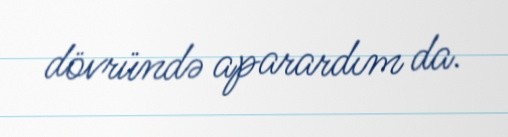
dövründə aparardım da.